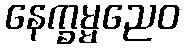
နေက္ခမ္မညေဝ